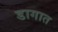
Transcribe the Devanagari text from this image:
डागात